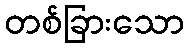
တစ်ခြားသော